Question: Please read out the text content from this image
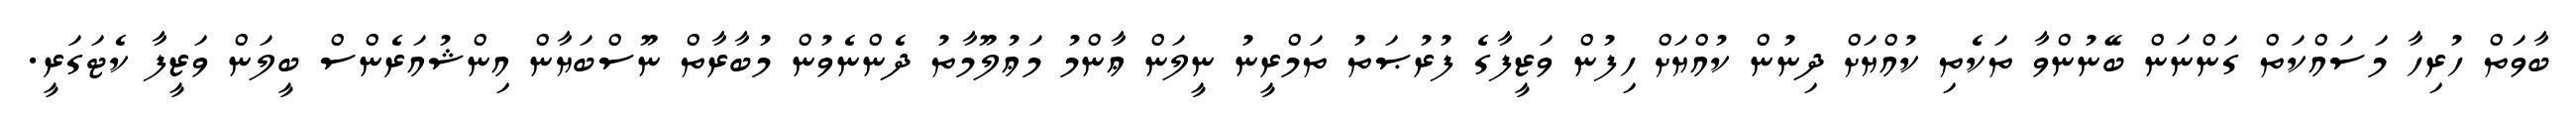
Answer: ބާވަތް ހުރިހާ މަސައްކަތް ގަންނަން ބޭނުންވާ ތަކެތި ކުއްޔަށް ދިނުން ކުއްޔަށް ހިފުން ވަޒީފާގެ ފުރުޞަތު ތަމްރީނު ނީލަން ޢާންމު މަޢުލޫމާތު ދެންނެވުން މުބާރާތް ނޫސްބަޔާން އިންޝުއަރެންސް ބީލަން ވަޒީފާ ކެޓަގަރީ.